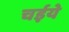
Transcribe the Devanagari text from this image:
चईये